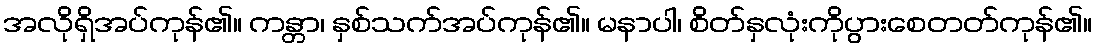
အလိုရှိအပ်ကုန်၏။ ကန္တာ၊ နှစ်သက်အပ်ကုန်၏။ မနာပါ၊ စိတ်နှလုံးကိုပွားစေတတ်ကုန်၏။